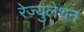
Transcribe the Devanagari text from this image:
रेज़्युलेशन